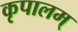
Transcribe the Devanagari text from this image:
कृपालम्